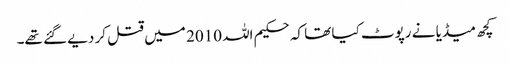
کچھ میڈیا نے رپوٹ کیا تھا کہ حکیم اللہ 2010 میں قتل کر دیے گئے تھے۔